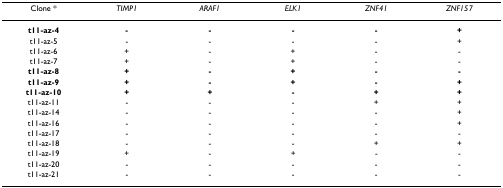
<table><thead><tr><td><b>Clone *</b></td><td><b><i>TIMP1</i></b></td><td><b><i>ARAF1</i></b></td><td><b><i>ELK1</i></b></td><td><b><i>ZNF41</i></b></td><td><b><i>ZNF157</i></b></td></tr></thead><tbody><tr><td><b>t11-az-4</b></td><td><b>-</b></td><td><b>-</b></td><td><b>-</b></td><td><b>-</b></td><td><b>+</b></td></tr><tr><td>t11-az-5</td><td>-</td><td>-</td><td>-</td><td>-</td><td>+</td></tr><tr><td>t11-az-6</td><td>+</td><td>-</td><td>+</td><td>-</td><td>-</td></tr><tr><td>t11-az-7</td><td>+</td><td>-</td><td>+</td><td>-</td><td>-</td></tr><tr><td><b>t11-az-8</b></td><td><b>+</b></td><td><b>-</b></td><td><b>+</b></td><td><b>-</b></td><td><b>-</b></td></tr><tr><td><b>t11-az-9</b></td><td><b>+</b></td><td><b>-</b></td><td><b>+</b></td><td><b>-</b></td><td><b>+</b></td></tr><tr><td><b>t11-az-10</b></td><td><b>+</b></td><td><b>+</b></td><td><b>-</b></td><td><b>+</b></td><td><b>+</b></td></tr><tr><td>t11-az-11</td><td>-</td><td>-</td><td>-</td><td>+</td><td>+</td></tr><tr><td>t11-az-14</td><td>-</td><td>-</td><td>-</td><td>-</td><td>+</td></tr><tr><td>t11-az-16</td><td>-</td><td>-</td><td>-</td><td>-</td><td>+</td></tr><tr><td>t11-az-17</td><td>-</td><td>-</td><td>-</td><td>-</td><td>-</td></tr><tr><td>t11-az-18</td><td>-</td><td>-</td><td>-</td><td>+</td><td>+</td></tr><tr><td>t11-az-19</td><td>+</td><td>-</td><td>+</td><td>-</td><td>-</td></tr><tr><td>t11-az-20</td><td>-</td><td>-</td><td>-</td><td>-</td><td>-</td></tr><tr><td>t11-az-21</td><td>-</td><td>-</td><td>-</td><td>-</td><td>-</td></tr></tbody></table>